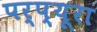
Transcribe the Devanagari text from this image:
पर्प्यूरा